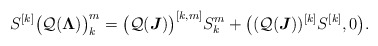
\begin{align*}S^{[k]}\big(\mathcal Q(\boldsymbol \Lambda)\big)^m_k=\big(\mathcal Q(\boldsymbol J)\big)^{[k,m]} S^m_k+\big ((\mathcal Q(\boldsymbol J))^{[k]}S^{[k]},0\big).\end{align*}